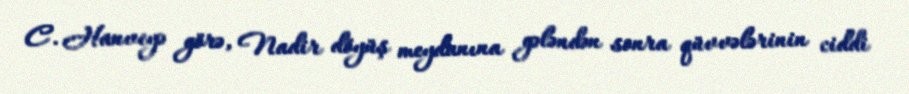
C. Hanveyə görə, Nadir döyüş meydanına gələndən sonra qüvvələrinin ciddi